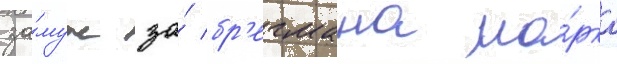
за́муж за́ бр'егмана ма́рка